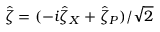
\hat { \zeta } = ( - i \hat { \zeta } _ { X } + \hat { \zeta } _ { P } ) / \sqrt { 2 }